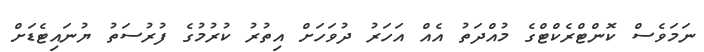
ނަމަވެސް ކޮންޓްރެކްޓްގެ މުއްދަތު އެއް އަހަރު ދުވަހަށް އިތުރު ކުރުމުގެ ފުރުސަތު ޔުނައިޓެޑަށް